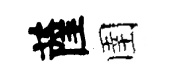
薩圉